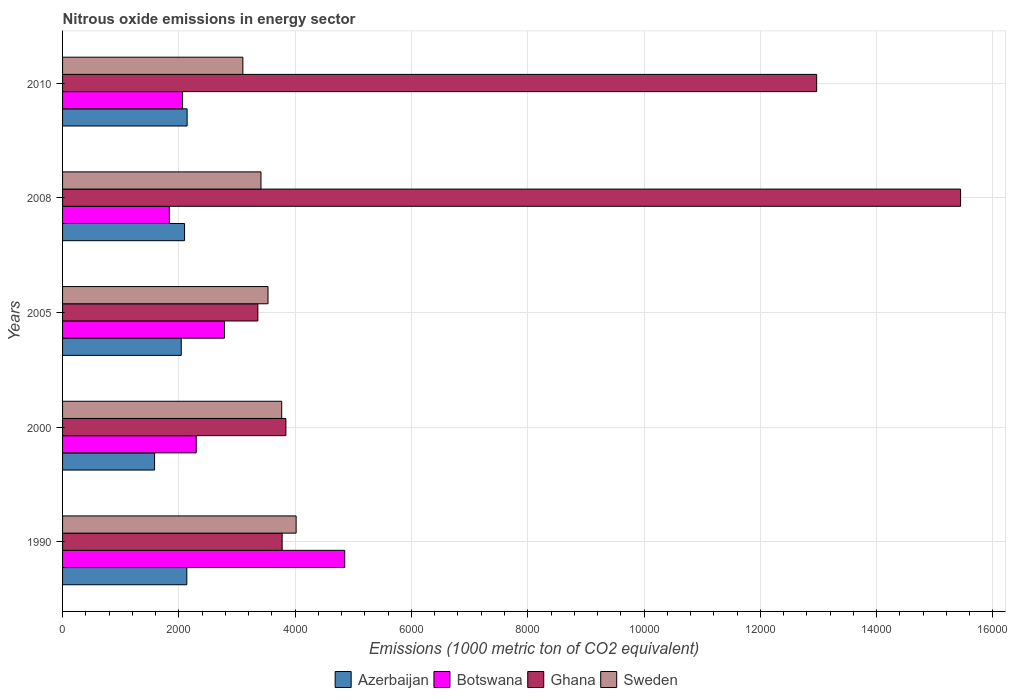
| Years | Azerbaijan | Botswana | Ghana | Sweden |
 | --- | --- | --- | --- | --- |
 | 1990 | 2.14e+03 | 4.85e+03 | 3.78e+03 | 4.02e+03 |
 | 2000 | 1.58e+03 | 2.3e+03 | 3.84e+03 | 3.77e+03 |
 | 2005 | 2.04e+03 | 2.78e+03 | 3.36e+03 | 3.53e+03 |
 | 2008 | 2.1e+03 | 1.84e+03 | 1.54e+04 | 3.41e+03 |
 | 2010 | 2.14e+03 | 2.06e+03 | 1.3e+04 | 3.1e+03 |